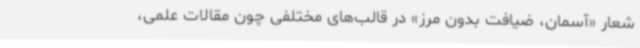
شعار «آسمان، ضیافت بدون مرز» در قالب‌های مختلفی چون مقالات علمی،